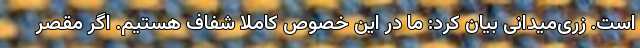
است. زری‌میدانی بیان کرد: ما در این خصوص کاملا شفاف هستیم. اگر مقصر